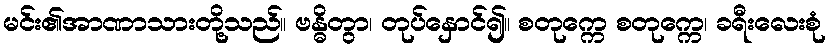
မင်း၏အာဏာသားတို့သည်။ ဗန္ဓိတွာ၊ တုပ်နှောင်၍။ စတုက္ကေ စတုက္ကေ၊ ခရီးလေးစုံ